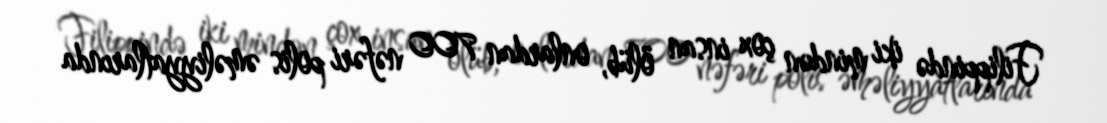
Filippində iki mindən çox insan ölüb, onlardan 700 nəfəri polis əməliyyatlarında